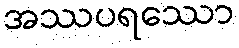
အဿပရဿော